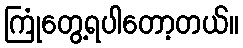
ကြုံတွေ့ရပါတော့တယ်။